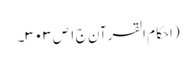
(احکام القرآن ج ١ ص ٣٠٣۔